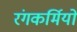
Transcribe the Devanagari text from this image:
रंगकर्मियो